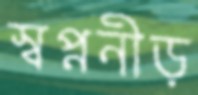
স্বপ্ননীড়